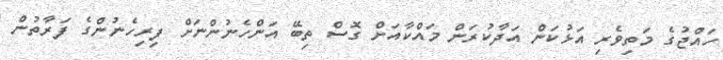
ހައްޖުގެ މަތިވެރި އަޅުކަން އަދާކުރަން މައްކާއަށް ގޮސް ތިބޭ އަންހެނުންނަށް ފިރިހެނުންގެ ފަރާތުން